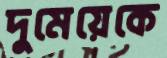
দুমেয়েকে